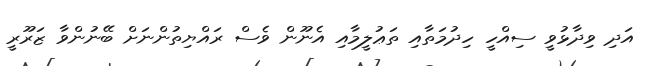
އަދި ވިދާޅުވީ ސިއްހީ ހިދުމަތާއި ތަޢުލީމާއި އެނޫން ވެސް ރައްޔިތުންނަށް ބޭނުންވާ ޒަރޫރީ